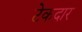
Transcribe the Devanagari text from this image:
टेकदार